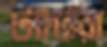
ট্যাঁটরা